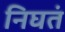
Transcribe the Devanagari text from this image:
निघतं